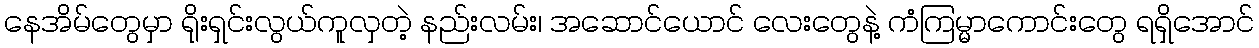
နေအိမ်တွေမှာ ရိုးရှင်းလွယ်ကူလှတဲ့ နည်းလမ်း၊ အဆောင်ယောင် လေးတွေနဲ့ ကံကြမ္မာကောင်းတွေ ရရှိအောင်